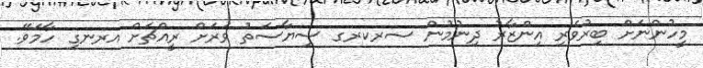
މީހުންނަށް ބިރުވެރި އިންޒާރު ދިނުމުން ސރކރގ ސިޔާސަތު ވަރަށް ރީއްޗަށް އރނގި ހާމަވޭ.